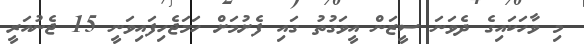
މި ވާހަކައިގެ ދެވަނަ ސީޒަން އީވަގުތު ގައި ފެށުމަށް ހަމަޖެހިފައިވަނީ 15 ޖެނުއަރީ